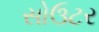
સોઉટર